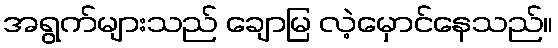
အရွက်များသည် ချောမြ လဲ့မှောင်နေသည်။